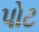
પોટ